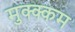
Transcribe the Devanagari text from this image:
मुक्क्कम